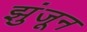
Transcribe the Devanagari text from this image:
झुंजून